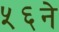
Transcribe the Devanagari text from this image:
५६ने